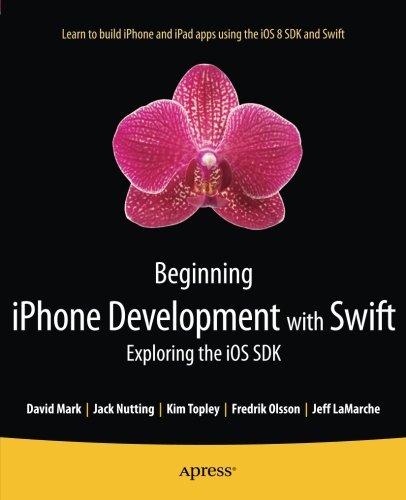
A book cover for Beginning iPhone Development with Swift: Exploring the iOS SDK; Kim Topley; Computers & Technology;